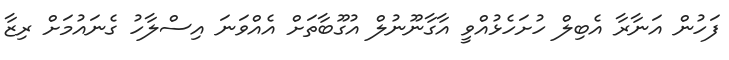
ފަހުން އަނާރާ އެބިލް ހުށަހެޅުއްވީ އާގާނޫނުލް އުގޫބާތަށް އެއްވަނަ އިސްލާހު ގެނައުމަށް ރިޒާ